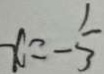
x = - \frac { 1 } { 3 }